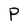
Character: P